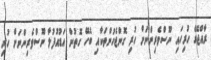
ރާއްޖޭގެ ހުރިހައި ނޫސްވެރިންނަށް ހުރި ގޮންޖެހުންތަކާއި ބެހޭ ގޮތުން އަޑުއުފުލާ ނޫސްވެރިންނަށް ހުރި